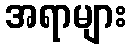
အရာများ